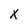
Character: x